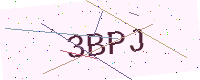
Text: 3BPJ